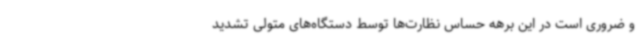
و ضروری است در این برهه حساس نظارت‌ها توسط دستگاه‌های متولی تشدید